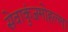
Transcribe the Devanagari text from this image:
सेवाकुंजमोहल्ला